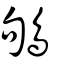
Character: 鴝